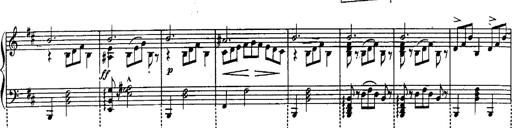
Title: Schubert's Impromptus [revised and edited by Franz Liszt]
Composer: Franz Liszt